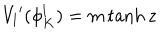
LaTeX: V _ { l } { ' } ( \phi _ { K } ^ { l } ) = m \tanh z